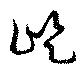
屹